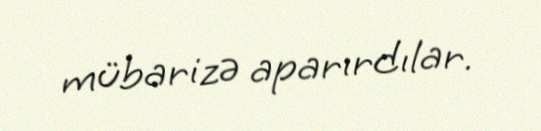
mübarizə aparırdılar.